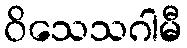
ဝိသေသဂါမီ